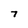
Character: 7